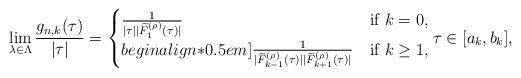
LaTeX: \begin{align*}\lim_{\lambda\in\Lambda}\frac{g_{n,k}(\tau)}{|\tau|}=\begin{cases}\frac{1}{|\tau||\widetilde{F}_{1}^{(\rho)}(\tau)|} & \mbox{if}\,\,k=0,\\begin{align*}0.5em]\frac{1}{|\widetilde{F}_{k-1}^{(\rho)}(\tau)||\widetilde{F}_{k+1}^{(\rho)}(\tau)|} & \mbox{if}\,\,k\geq 1,\end{cases}\tau\in[a_{k},b_{k}],\end{align*}